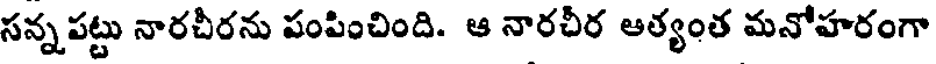
సన్నపట్టు నారచీరను పంపించింది. ఆ నారచీర ఆత్యంత మనోహరంగా